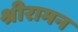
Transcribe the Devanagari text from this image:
श्रीरामन